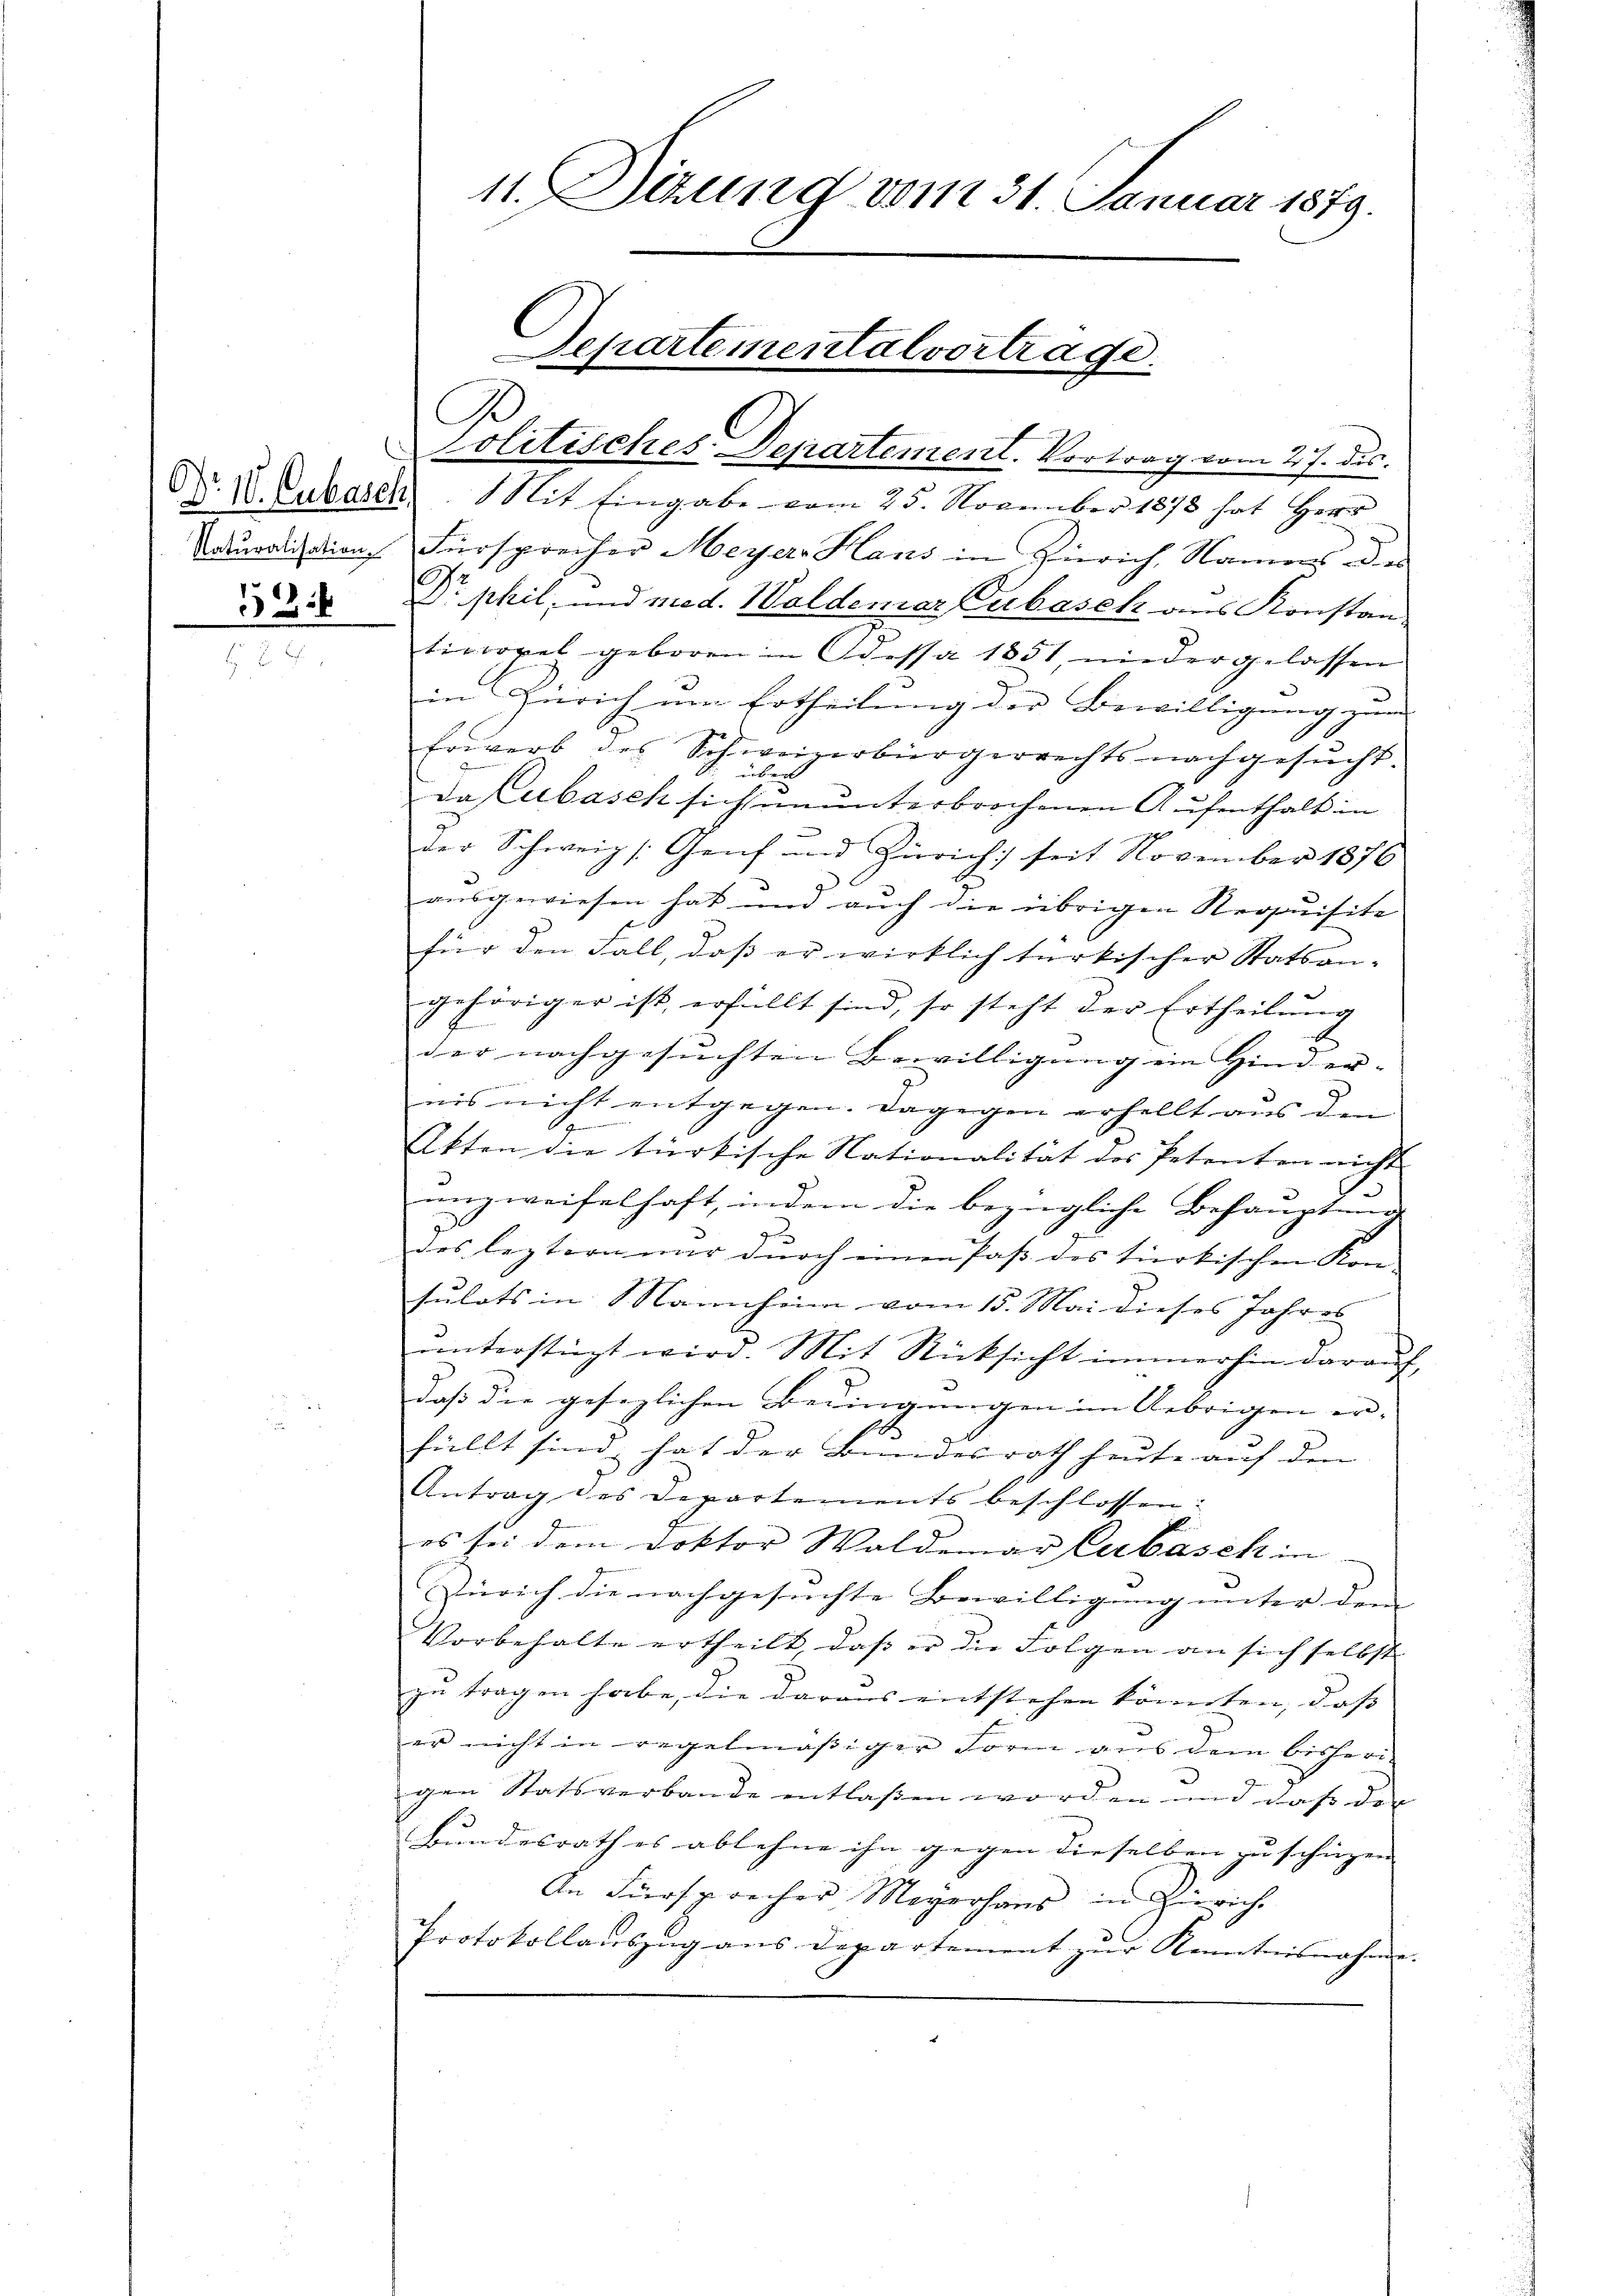
.

Lolitisches Departement. Vortrag vom 27. des
d. V. Cubasen. Mit Eingabe vom 25. November 1878 hat Herr
Naturalisation, Fürsprecher Meyer Hans in Zürich, Namens die
1
 phil, und med. Waldemar Pubasek aus Konstan
tinopel geboren in Odessa 1851, nieder gelassen
in Zürich um Ertheilung der Bewilligung zum
Erwerb des Schweizerbürgerrechts nachgesŭcht.
über
dafabasch sich ununterbrochenen Aufenthalt in
der Schweiz s. Genf und Zürich seit November 1876
ausgewiesen hat und auch die übrigen Requisite
für den Fall, daß er wirklich türkischer Statsan-
gehöriger ist erfüllt sind, so steht der Ertheilung
der nachgesuchten Bewilligung ein Hind ere
nis nicht entgegen. Dagegen erhellt aus den
e
Akten die türkische Nationalität des Petenten nicht
unzweifelhaft, indem die bezügliche Behauptung
des leztern war durch einen Paß des tierkischen Kom-
sulats in Mannheim vom 15. Mai dieses Jahres
ŭnterstüzt wird. Mit Rücksicht immerhin darauf,
daß die gesezlichen Bedingungen im Uebrigen erfüllt sind hat der Bundesrath heute auf den
Antrag des Departements beschlossen:
es sei dem Doktor Waldemar Cubasch in
Zürich die nachgesuchte Bewilligung unter dem
Vorbehalte ertheilt, daß er die Folgen an sich selbst
zu tragen habe, die daraus entstehen könnten, dass |
ur nicht in regelmäßiger Form aus dem bisheri-
gen Statsverbande entlaßen worden und daß der
Bundesrath es ablehne ihn gegen dieselben zu schiehen |
An Fürsprecher Meyerhaus in Zürich
Protokollaŭszŭg ans Departement zŭr Kenntnisnahme.

11. Dizung vom 31. Januar 1879.
Departementalvortrage.
C